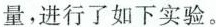
量，进行了如下实验。